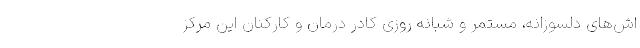
اش‌های دلسوزانه، مستمر و شبانه روزی کادر درمان و کارکنان این مرکز